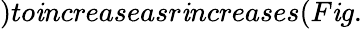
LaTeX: )to\mathit{i}ncreaseasr\mathit{i}ncreases(F\mathit{i}g.